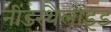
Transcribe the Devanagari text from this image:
नींडरथैलाइड